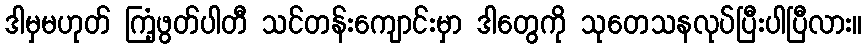
ဒါမှမဟုတ် ကြံ့ဖွတ်ပါတီ သင်တန်းကျောင်းမှာ ဒါတွေကို သုတေသနလုပ်ပြီးပါပြီလား။